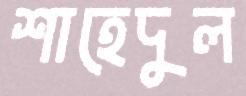
শাহেদুল